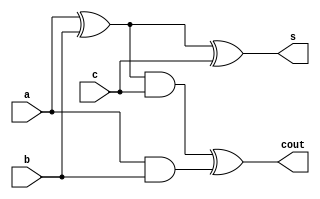
// 16bit adder using 4 bit adders where each 4bit adder is a ripple adder with 4 FA

module full_adder(s,cout,a,b,c);
    input a,b,c;
    output s,cout;
    wire s1,c1;

    xor G1(s1,a,b), G2(s,s1,c), G3(cout,c2,c1);
    and G4(c1,a,b), G5(c2,s1,c);

endmodule

module adder4(S,cout, A, B, cin); //4bit adder: Behavioural
    input[3:0] A,B;
    input cin;
    output[3:0] S;
    output cout;
    wire c1,c2,c3;

    full_adder FA0(S[0],c1,A[0],B[0],cin);
    full_adder FA1(S[1],c2,A[1],B[1],c1);
    full_adder FA2(S[2],c3,A[2],B[2],c2);
    full_adder FA3(S[3],cout,A[3],B[3],c3);
    

endmodule

module ALU_addition(X, Y, Z, Sign, Zero, Carry, Parity, Overflow);
    input [15:0] X, Y;
    output [15:0] Z;
    output Sign, Zero, Carry, Parity, Overflow;
    wire [3:0] c;

    assign Sign = Z[15];
    assign Zero = ~|Z;
    assign Parity = ~^Z;
    assign Overflow = (X[15] & Y[15] & ~Z[15]) | (~X[15] & ~Y[15] & Z[15]);
    adder4 A0(Z[3:0],c[1],X[3:0],Y[3:0],1'b0);
    adder4 A1(Z[7:4],c[2],X[7:4],Y[7:4],c[1]);
    adder4 A2(Z[11:8],c[3],X[11:8],Y[11:8],c[2]);
    adder4 A3(Z[15:12],Carry,X[15:12],Y[15:12],c[3]);

endmodule